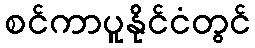
စင်ကာပူနိုင်ငံတွင်